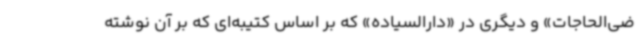
ضی‌الحاجات» و دیگری در «دارالسیاده» که بر اساس کتیبه‌ای که بر آن نوشته